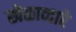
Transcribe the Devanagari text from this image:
खेळाव्दारे